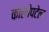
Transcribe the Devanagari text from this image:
कोलीपटेल